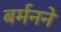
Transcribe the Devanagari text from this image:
बर्मनने